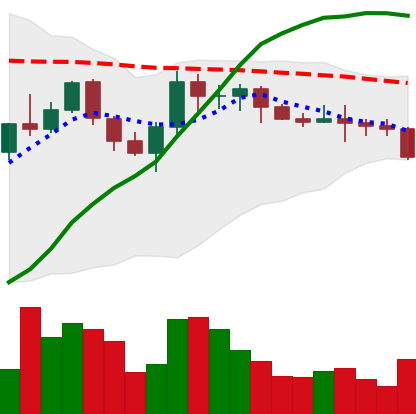
Ticker: XMR-USD
Chart end date: 2022-06-10
Forward return: -32.135%
Label: down_7plus